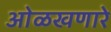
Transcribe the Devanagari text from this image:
ओळखणारे